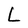
Character: L